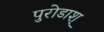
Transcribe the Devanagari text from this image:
पुरोडाश्